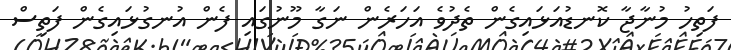
ފަތިހު މުނާޖާ ކޮނޑުއަޅައިގެން ތެދުވެ އަހަރެން ނަގާ މޫނުގައި ފެން އުނގުޅައިގެން ފަތިސް